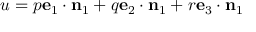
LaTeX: u = p \mathbf { e } _ { 1 } \cdot \mathbf { n } _ { 1 } + q \mathbf { e } _ { 2 } \cdot \mathbf { n } _ { 1 } + r \mathbf { e } _ { 3 } \cdot \mathbf { n } _ { 1 }